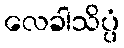
လေခါသိပ္ပံ